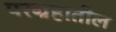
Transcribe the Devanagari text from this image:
परग्रहातील